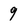
Character: 9